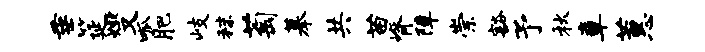
垂筵燮呱肥岐秣萄摹共苗脊障崇豁予秋章蕙